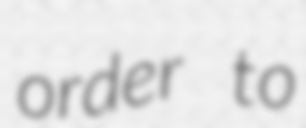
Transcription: order to